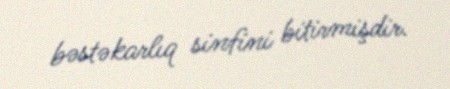
bəstəkarlıq sinfini bitirmişdir.